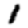
Digit: 1